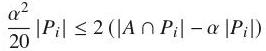
$\frac{\alpha^{2}}{20}|P_{i}| \leq 2(|A \cap P_{i}| - \alpha |P_{i}|)$